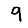
Digit: 9